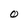
Character: O